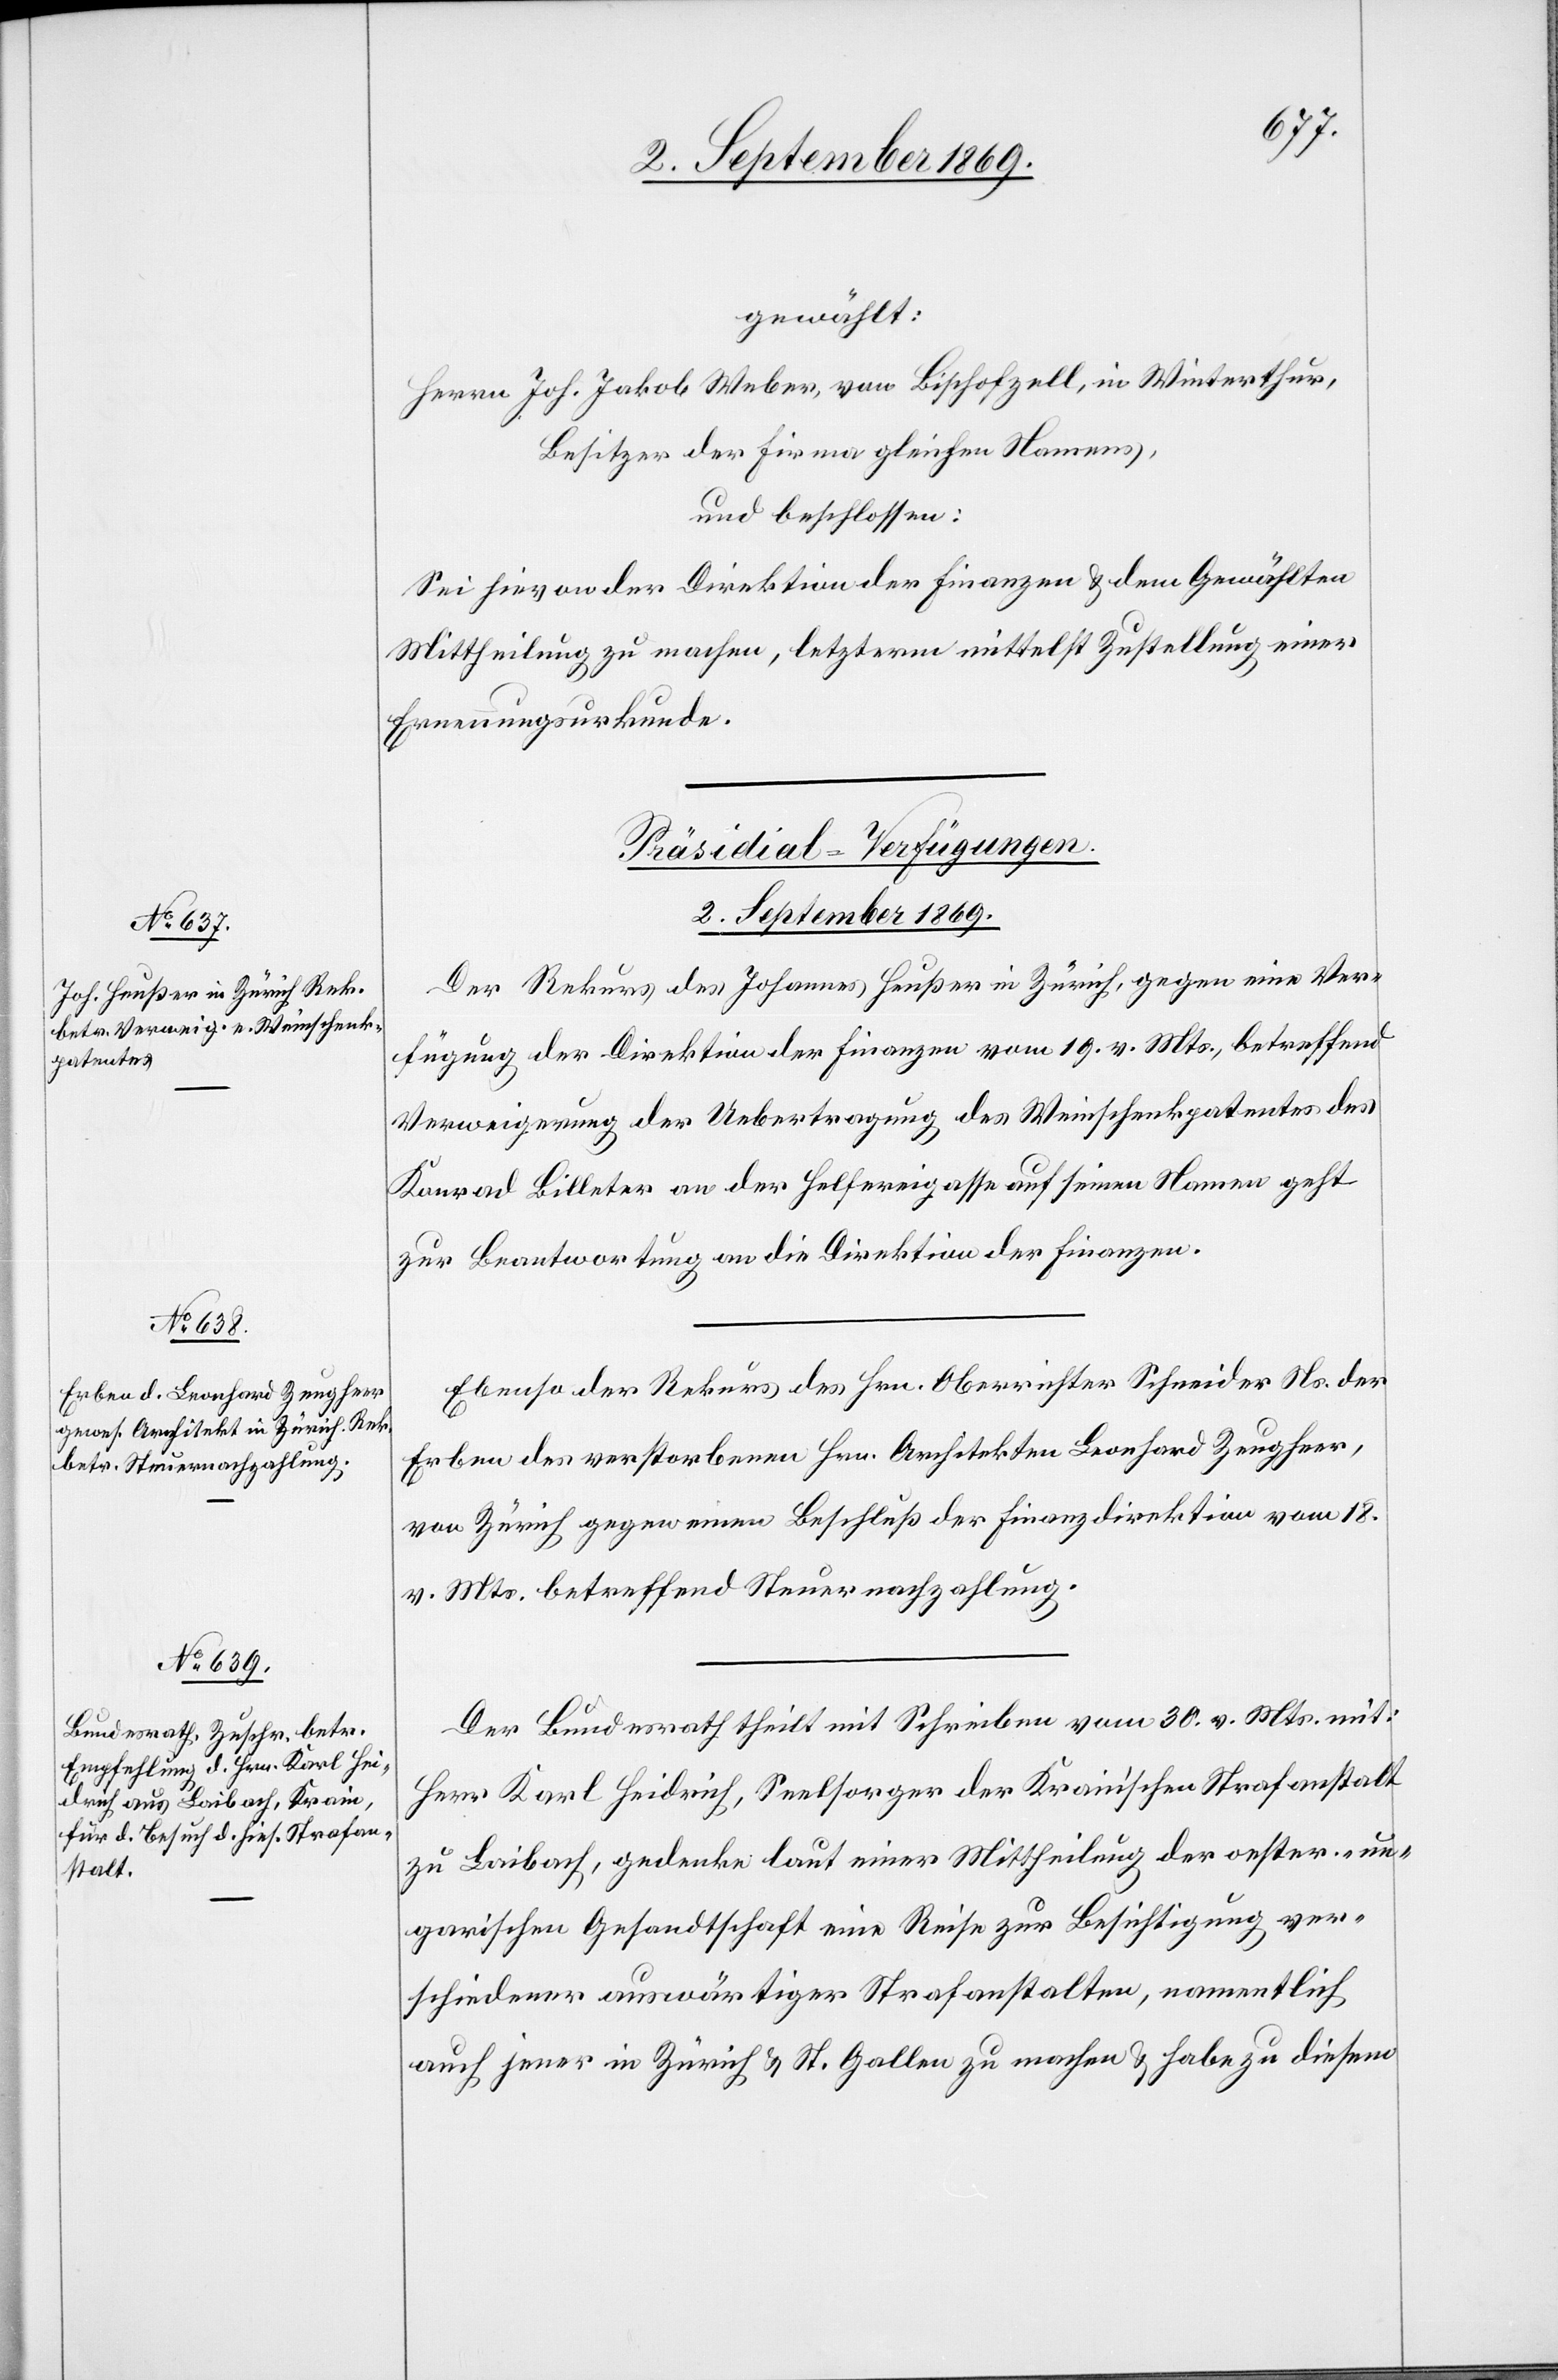
2. September 1869.]
gewählt:
Herrn Joh. Jakob Weber, von Bischofzell, in Winterthur,
Besitzer der Firma gleichen Namens,
und beschlossen:
Sei hievon der Direktion der Finanzen & dem Gewählten
Mittheilung zu machen, letzterm mittelst Zustellung einer
Ernennungsurkunde.
[Präsidial-Verfügungen.
Der Rekurs des Johannes Heußer in Zürich, gegen eine Ver¬
fügung der Direktion der Finanzen vom 19. v. Mts., betreffend
Verweigerung der Uebertragung des Weinschenkpatentes des
Konrad Billeter an der Helfereigasse auf seinen Namen geht
zur Beantwortung an die Direktion der Finanzen.
Ebenso der Rekurs des Hrn. Oberrichter Schneider Ns. der
Erben des verstorbenen Hrn. Architekten Leonhard Zeugheer,
von Zürich gegen einen Beschluß der Finanzdirektion vom 18.
v. Mts. betreffend Steuernachzahlung.
Der Bundesrath theilt mit Schreiben vom 30. v. Mts. mit:
Herr Karl Heidrich, Seelsorger der Krain’schen Strafanstalt
zu Laibach, gedenke laut einer Mittheilung der oester.-un¬
garischen Gesandtschaft eine Reise zur Besichtigung ver¬
schiedener auswärtiger Strafanstalten, namentlich
auch jener in Zürich & St. Gallen zu machen & habe zu diesem